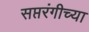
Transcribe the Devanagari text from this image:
सप्तरंगीच्या